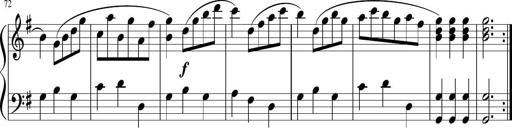
Title: 12 Keyboard Sonatinas
Composer: James Hook